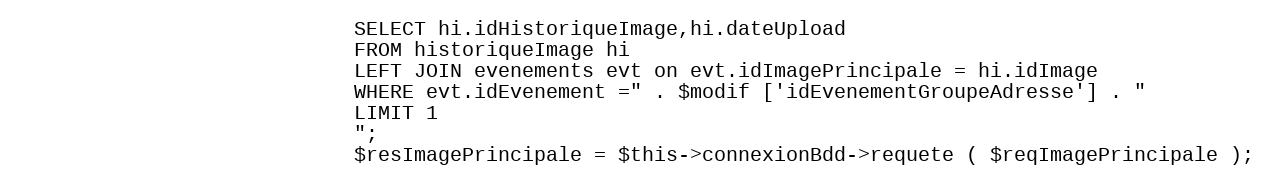
Language: PHP
							SELECT hi.idHistoriqueImage,hi.dateUpload
							FROM historiqueImage hi
							LEFT JOIN evenements evt on evt.idImagePrincipale = hi.idImage
							WHERE evt.idEvenement =" . $modif ['idEvenementGroupeAdresse'] . "
							LIMIT 1
							";
							$resImagePrincipale = $this->connexionBdd->requete ( $reqImagePrincipale );